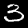
Digit: 3